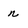
Character: n